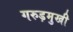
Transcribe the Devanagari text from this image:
गरुड़मुखी